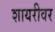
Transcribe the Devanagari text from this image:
शायरीवर